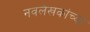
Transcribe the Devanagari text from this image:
नवलेखकांच्या